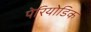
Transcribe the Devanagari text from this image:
पेरियोडिक